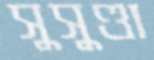
সুসুণ্ডা